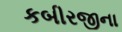
કબીરજીના